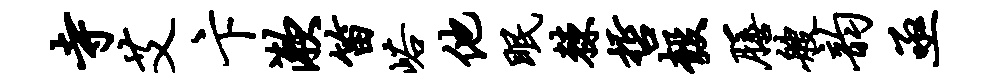
寺艾卞漱笛峪他眠棘哲彀膳艘韵亟